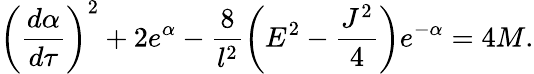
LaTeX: \left(\frac{d\alpha}{d\tau}\right)^{2}+2e^{\alpha}-\frac{8}{l^{2}}\left(E^{2}-\frac{J^{2}}{4}\right)e^{-\alpha}=4M.